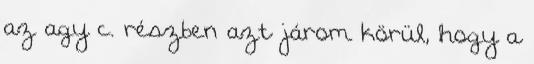
az agy c. részben azt járom körül, hogy a